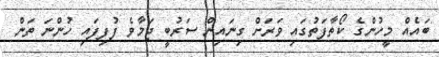
ބައެއް މީހުންގެ ކޯތާފަތުގައި ވަރަށް ގިނައިން ސަރުބީ ޖަމާވެ ފުފިފައި ހުންނަ ތަން